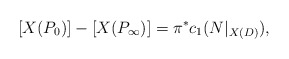
\begin{align*} [X(P_0)] - [X(P_\infty)] = \pi^*c_1(N|_{X(D)}),\end{align*}